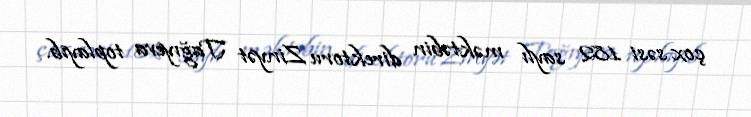
çox səsi 182 saylı məktəbin direktoru Zinyət Tağıyeva toplayıb.